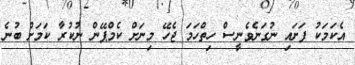
އެކަމަކު ފަށައި ނުގަނެވެނީސް ހިތްހަމަ ޖެހޭ މިނަށް ކެމްޕޭން ނުކުރާ ކަމަށް ބުނެ